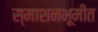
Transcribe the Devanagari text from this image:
स्माशनभूमीत